Report of the King Institute of Preventive Medicine, Guindy
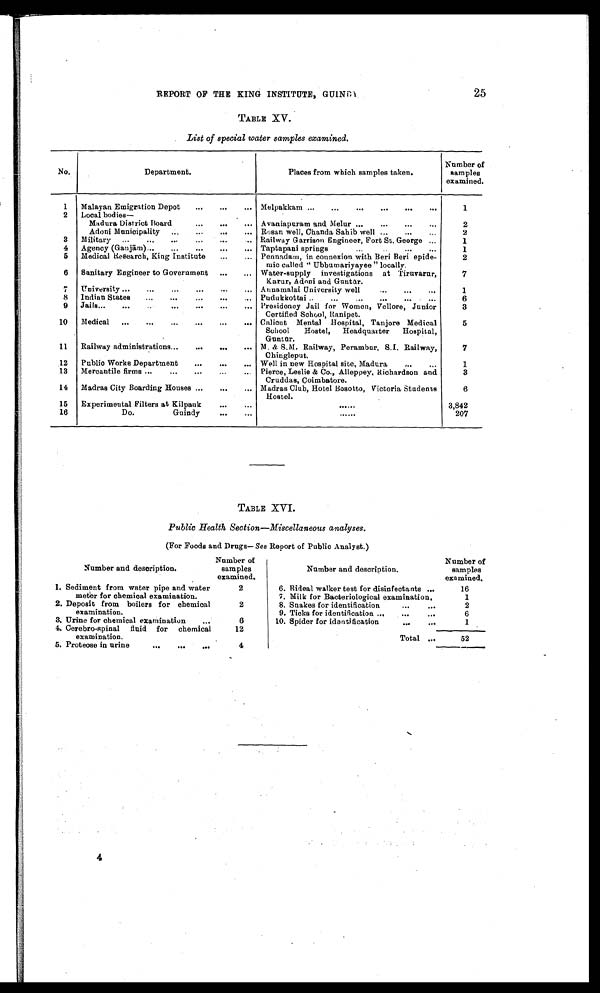
REPORT OF THE KING INSTITUTE, GUINDY
25
TABLE XV.
List of special water samples examined.
No.
Department.
Places from which samples taken.
Number of
samples
examined.
1
Malayan Emigration Depot
Melpakkam
1
2
Local bodies--
Madura District Board
Avaniapuram and Melur
2
Adoni Municipality
Rosan well, Chanda Sahib well
2
3
Military
Railway Garrison Engineer, Fort St. George
1
4
Agency (Ganjām)
Taptapani springs
1
5
Medical Research, King Institute
Pennadam, in connexion with Beni Beri epide-
mic called "Ubbumariyayee" locally.
2
6
Sanitary Engineer to Government
Water-supply investigations at Tiruvarur,
Karur, Adoni and Gunt ū r.
7
7
University
Anna.malai University well
1
8
Indian States
Pudukkottai
6
9
Jails
Presidency Jail for Women, Vellore, Junior
Certified School, Ranipet.
3
10
Medical
Calicut Mental Hospital, Tanjore Medical
School Hostel, Headquarter Hospital,
Guntū r.
5
11
Railway administrations
M. & S.M. Railway, Perambur, S.I. Railway,
Chingleput.
7
12
Public Works Department
Well in new Hospital site, Madura
1
13
Mercantile firms
Pierce, Leslie & Co., Alleppey, Richardson and
Cruddas, Coimbatore.
3
14
Madras City Boarding Houses
Madras Club, Hotel Bosotto, Victoria Students
Hostel.
6
15
Experimental Filters at Kilpauk
3,842
16
Do. Guindy
207
TABLE XVI.
Public Health Section—Miscellaneous analyses.
(For Foods and Drugs— See Report of Public Analyst.)
Number and description.
Number of
samples
examined.
Number and description.
Number of
samples
examined.
1. Sediment from water pipe and water
meter for chemical examination.
2
6. Reveal walker test for disinfectants
16
7. Milk for Bacteriological examination.
1
2. Deposit from boilers for chemical
examination.
2
8. Snakes for identification
2
9. Ticks for identification
6
3. Urine for chemical examination
6
10. Spider for identification
1
4. Cerebro-spinal fluid for chemical
examination.
12
Total
52
5. Proteose in urine
4
4